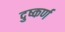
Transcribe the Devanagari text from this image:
दुष्कर्ण